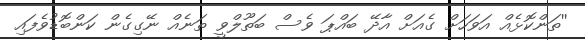
''ތަންކޮޅެއް އަވަހަށް ގެއަށް އާދޭ ބައްޕަ ވެސް ބަތޫލްވީ ތަނެއް ނޭގިގެން ކަންބޮޑުވެފައި